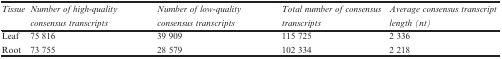
<table><thead><tr><td><b><i>Tissue</i></b></td><td><b><i>Number of high-quality consensus transcripts</i></b></td><td><b><i>Number of low-quality consensus transcripts</i></b></td><td><b><i>Total number of consensus transcripts</i></b></td><td><b><i>Average consensus transcript length (nt)</i></b></td></tr></thead><tbody><tr><td>Leaf</td><td>75 816</td><td>39 909</td><td>115 725</td><td>2 336</td></tr><tr><td>Root</td><td>73 755</td><td>28 579</td><td>102 334</td><td>2 218</td></tr></tbody></table>